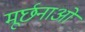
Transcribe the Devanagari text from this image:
मूर्छनाओं